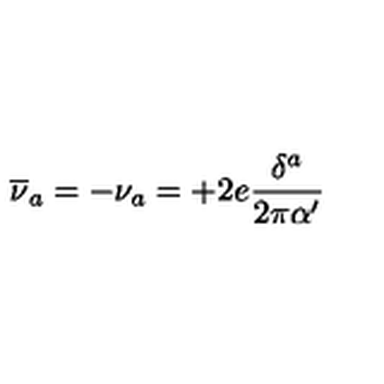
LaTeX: \overline { { \nu } } _ { a } = - \nu _ { a } = + 2 e \frac { \delta ^ { a } } { 2 \pi \alpha ^ { \prime } }